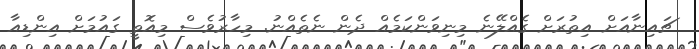
ޗައިނާއަށް އިތުރަށް ގެއްލޭނެ މިނިވަންކަމެއް ދެން ނެތެއްނު. މިހާރުވެސް މިއޮތީ ގައުމަށް އިންޑިއާ